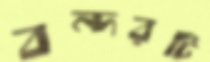
বন্দরটি